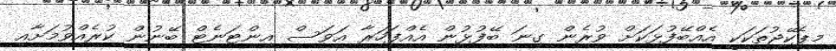
މިޕެކޭޖުތަކަކީ އެއްބޭފުޅަކަށް ވުރެން ގިނަ ބޭފުޅުން އެއްފަހަރާ އަވަސް އިންޓަނެޓް ބޭނުން ކުރެއްވުމަށާއި